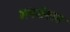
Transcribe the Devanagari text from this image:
अपभ्रंशन